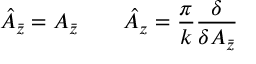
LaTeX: \hat { A } _ { \bar { z } } = A _ { \bar { z } } \qquad \hat { A } _ { z } = \frac { \pi } { k } \frac { \delta } { \delta A _ { \bar { z } } }